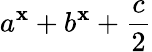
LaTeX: a^{\mathbf{x}}+b^{\mathbf{x}}+\frac{{c}}{{2}}